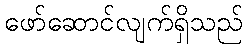
ဖော်ဆောင်လျက်ရှိသည်